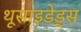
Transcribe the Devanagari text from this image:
थूसाइडेड्स